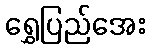
ရွှေပြည်အေး